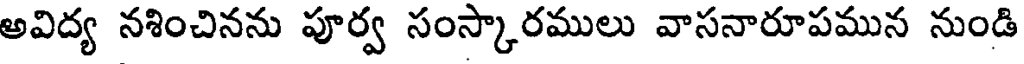
అవిద్య నశించినను పూర్వ సంస్కారములు వాసనారూపమున నుండి